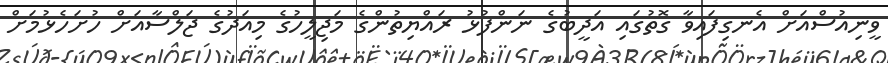
ވީނިއުސްއަށް އެނގިފައިވާ ގޮތުގައި އަދީބުގެ ނަންފުޅު ރައްޔިތުންގެ މަޖިލީހުގެ މިއަދުގެ ޖަލްސާއަށް ހުށަހެޅުމަށް